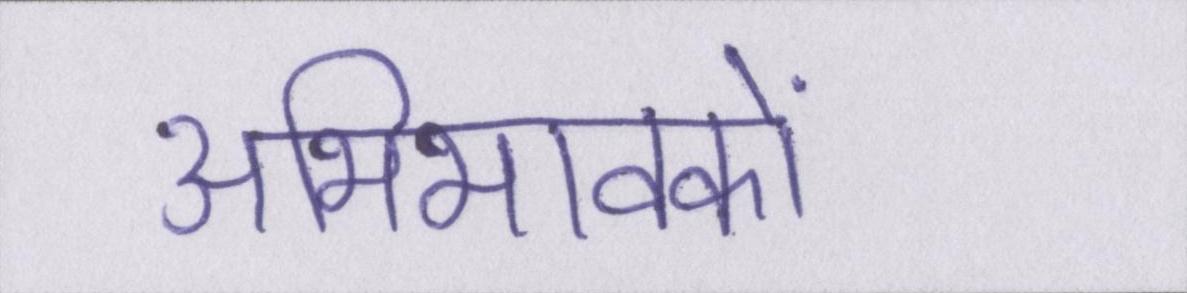
अभिभावकों